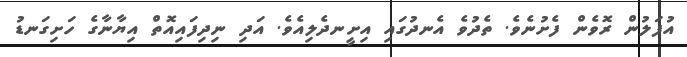
އުފަލުން ރޮވެން ފެށުނެވެ. ތެދުވެ އެނދުގައި އިށީނދެލިއެވެ. އަދި ނިދިފައިއޮތް އިޔާނާގެ ހަށިގަނޑު